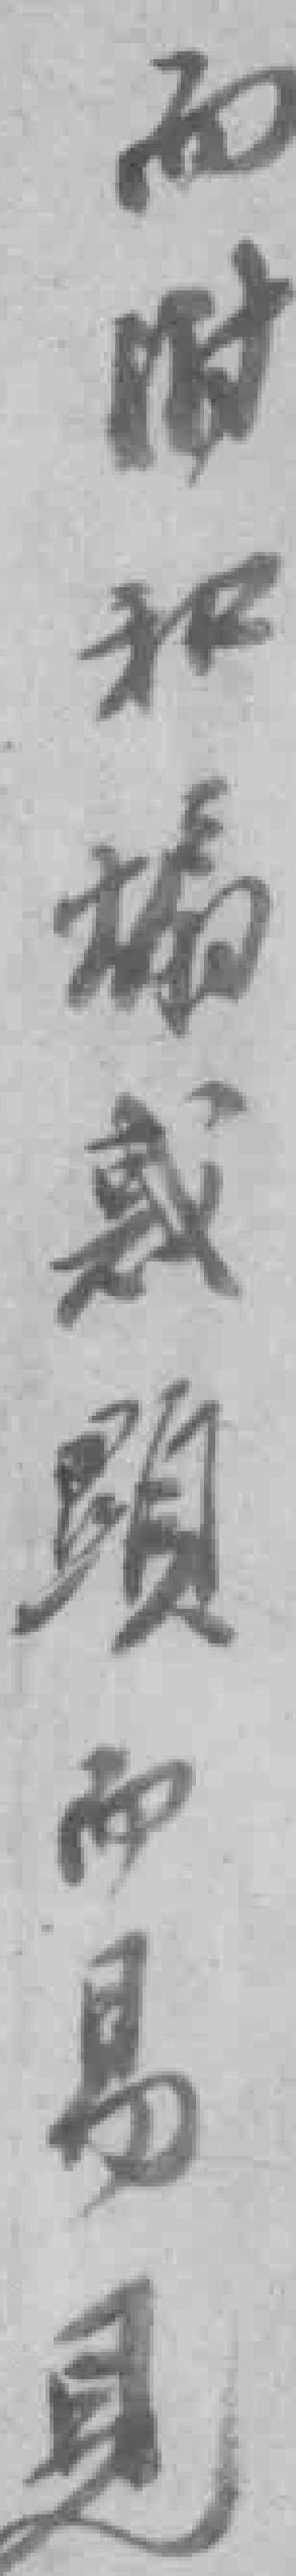
而附和煽惑顯而易見